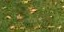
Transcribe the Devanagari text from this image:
जखौ